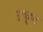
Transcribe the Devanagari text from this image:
उत्‍कृष्ठ